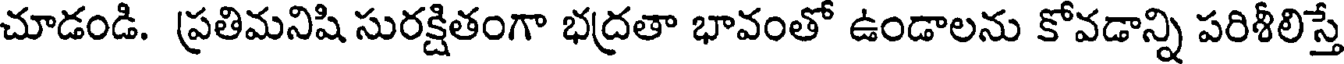
చూడండి. ప్రతిమనిషి సురక్షితంగా భద్రతా భావంతో ఉండాలను కోవడాన్ని పరిశీలిస్తే